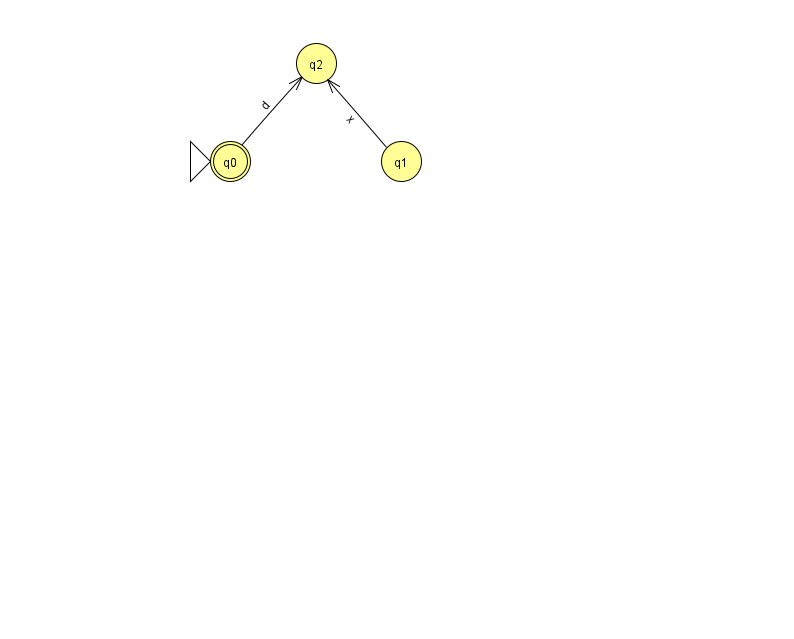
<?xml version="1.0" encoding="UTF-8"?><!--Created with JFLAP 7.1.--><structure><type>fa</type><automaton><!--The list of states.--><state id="0" name="q0"><x>230.0</x><y>148.0</y><initial/><final/></state><state id="1" name="q1"><x>401.0</x><y>148.0</y></state><state id="2" name="q2"><x>316.0</x><y>50.0</y></state><!--The list of transitions.--><transition><from>1</from><to>2</to><read>x</read></transition><transition><from>0</from><to>2</to><read>d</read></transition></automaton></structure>